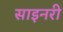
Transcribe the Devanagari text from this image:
साइनरी